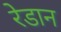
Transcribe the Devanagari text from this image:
रेडान